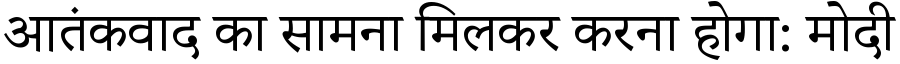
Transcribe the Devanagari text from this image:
आतंकवाद का सामना मिलकर करना होगा: मोदी